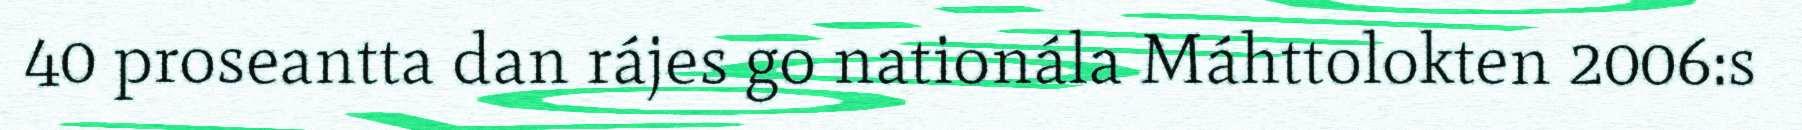
40 proseantta dan rájes go nationála Máhttolokten 2006:s